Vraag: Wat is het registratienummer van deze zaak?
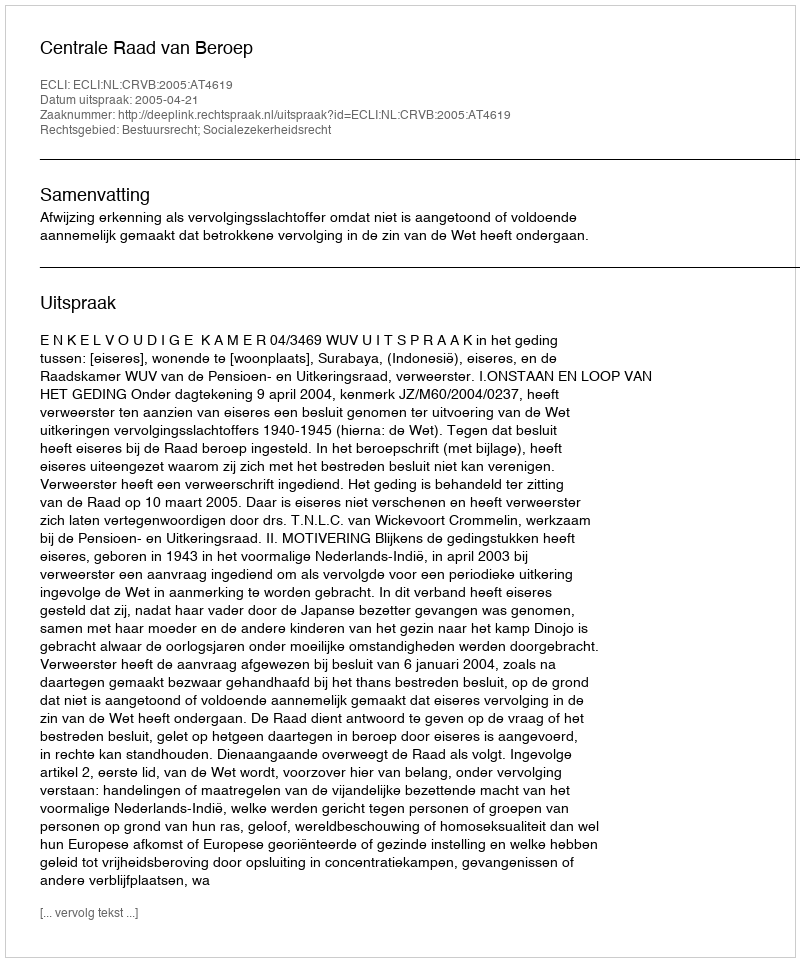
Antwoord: http://deeplink.rechtspraak.nl/uitspraak?id=ECLI:NL:CRVB:2005:AT4619